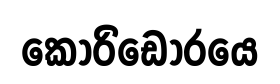
කොරිඩෝරයෙ